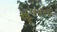
સૂપરત